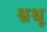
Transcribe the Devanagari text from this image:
श्वश्रू